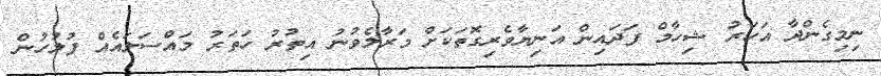
ނިމިގެންދާ އަހަރު ޝިހާމް ފަދައިން އަނިޔާވެރިގޮތަކަށް މަރާލެވުނު އިތުރު ހަތަރު މައްސަލައެއް ފުލުހުން